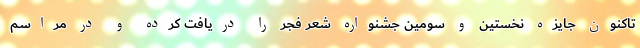
تاکنون جایزه نخستین و سومین جشنواره شعر فجر را دریافت کرده و در مراسم